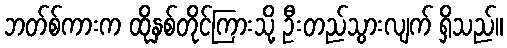
ဘတ်စ်ကားက ထိုနှစ်တိုင်ကြားသို့ ဦးတည်သွားလျက် ရှိသည်။